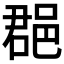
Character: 𨛦